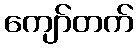
ကျော်တက်